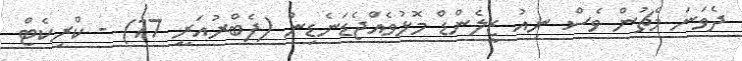
ދެވަނަ މެޗުން ވެސް ނިއު ޒީލެންޑް މޮޅުވެއްޖެޑަނެޑިން (ފެބްރުއަރީ 17) - ކްރިކެޓް